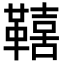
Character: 𮧦